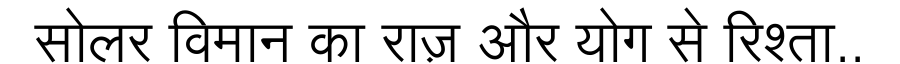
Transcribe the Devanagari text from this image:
सोलर विमान का राज़ और योग से रिश्ता..